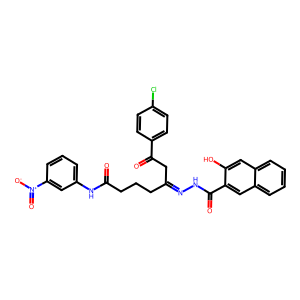
SMILES: O=C(CCCC(CC(=O)c1ccc(Cl)cc1)=NNC(=O)c1cc2ccccc2cc1O)Nc1cccc([N+](=O)[O-])c1
Inhibits HIV replication: No